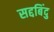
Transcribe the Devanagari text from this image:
सद्दबिंदु